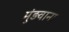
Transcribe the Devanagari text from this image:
मुंड़वाना